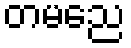
တမညေ